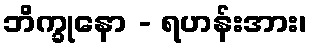
ဘိက္ခုနော - ရဟန်းအား၊